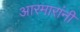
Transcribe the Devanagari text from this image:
आरमारांनी